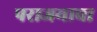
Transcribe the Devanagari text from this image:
पराजयाचा